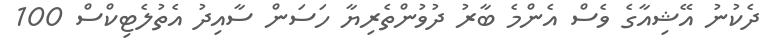
ދެކުނު އޭޝިއާގެ ވެސް އެންމެ ބާރު ދުވުންތެރިޔާ ހަސަން ސާއިދު އެތުލެޓިކްސް 100